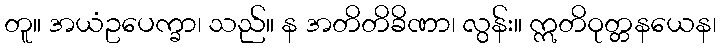
တူ။ အယံဥပေက္ခာ၊ သည်။ န အတိတိခိဏာ၊ လွန်း။ ဣတိဝုတ္တနယေန၊